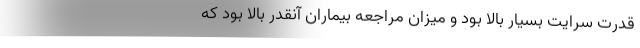
قدرت سرایت بسیار بالا بود و میزان مراجعه بیماران آنقدر بالا بود که